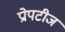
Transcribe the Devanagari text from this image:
प्रोपटीज